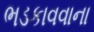
ભડકાવવાના